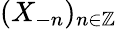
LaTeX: (X_{-n})_{n\in\mathbb{Z}}